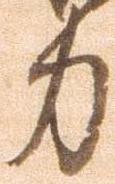
力